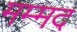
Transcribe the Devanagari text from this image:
मम्मद